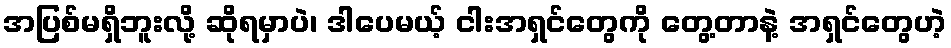
အပြစ်မရှိဘူးလို့ ဆိုရမှာပဲ၊ ဒါပေမယ့် ငါးအရှင်တွေကို တွေ့တာနဲ့ အရှင်တွေဟဲ့